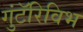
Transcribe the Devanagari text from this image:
गुंटॅरिविभ